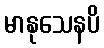
မာနုသေနပိ